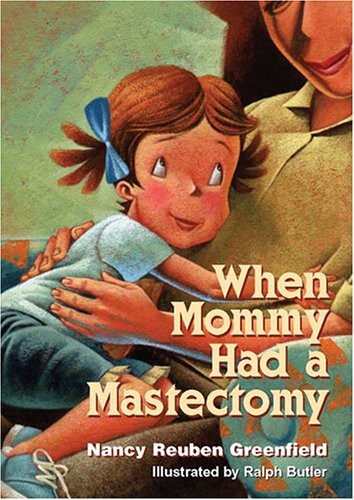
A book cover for When Mommy Had a Mastectomy; Nancy Greenfield; Health, Fitness & Dieting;